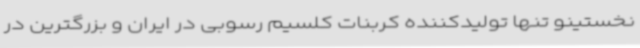
نخستینو تنها تولیدکننده کربنات کلسیم رسوبی در ایران و بزرگترین در